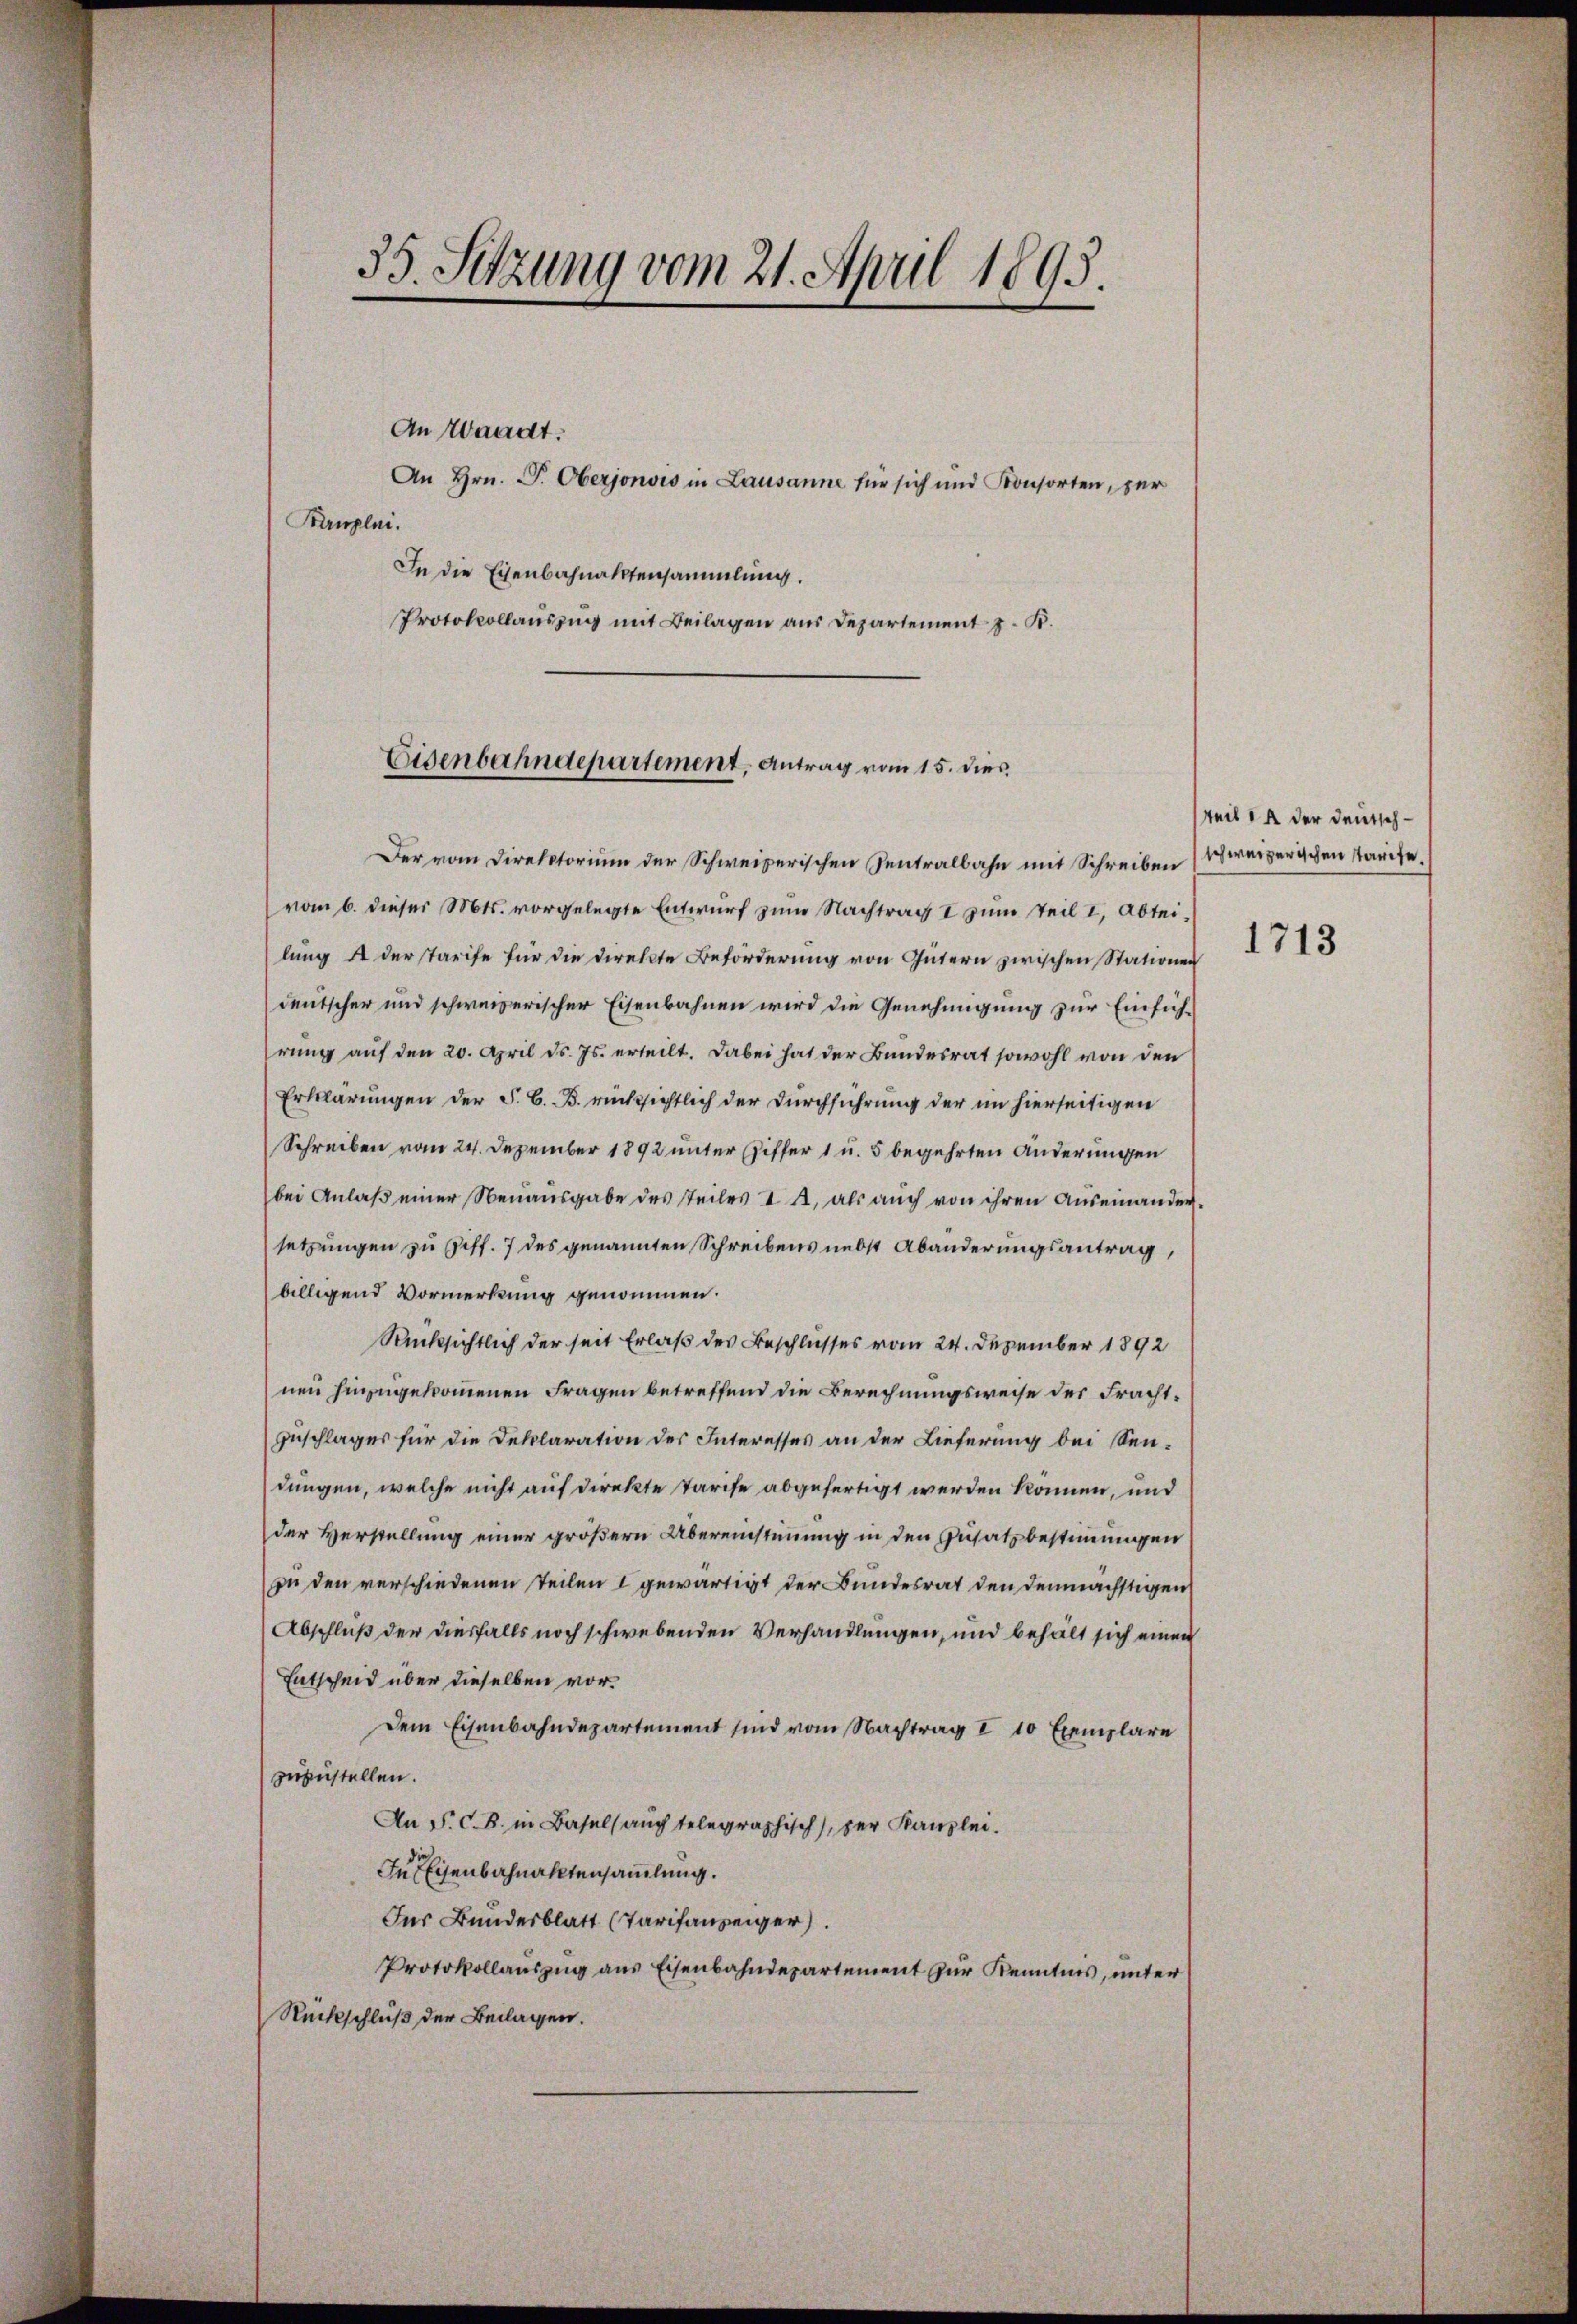
35. Sitzung vom 21. April 1895.

Kanzlei.

An Waadt.
An Hrn. P. Oberjonsis in Lausanne für sich und Konsorten, zer
In die Eisenbahnaktensammlung.
Protokollauszug mit Beilagen aus Departement z. K.

Eisenbahndepartement, Antrag vom 15. dies

Der vom Direktorium der Schweizerischen Sentralbahn mit Schreiben
(vom 6. dieser Mts. vorgelegte Entwurf zum Nachtrag I zum Teil I, Abteilung 4 der Tarife für die Direkte Beförderung von Gütern zwischen Stationen
deutscher und schweizerischer Eisenbahnen wird die Genehmigung zur Einführung auf den 20. April d. Js. erteilt. Dabei hat der Bundesrat sowohl von den
Erklärungen der S. G. B. rücksichtlich der Durchführung der im hierseitigen
Schreiben vom 24. Dezember 1892 unter Ziffer 1 u. 5 begehrten Änderungen
bei Anlaß einer Neuausgabe des steiles I 2, als auch von ihren Auseinandersetzungen zu Ziff. 7 des genannten Schreibens nebst Abänderungsantrag,
billigend Vormerkung genommen.
Rücksichtlich der seit Erlaß des Beschlusses vom 24. Dezember 1892
nen hinzugekommenen Fragen betreffend die Berechnungsweise des Fracht¬
Zuschlages für die Deklaration des Interesses an der Lieferung bei Sendungen, welche nicht auf direkte Tarife abgefertigt werden können, und
der Verstellung einer größern Übereinstimmung in den Zusatz bestimmungen
In den verschiedenen Teilen I gewärtigt der Bundesrat den demnächstigen
Abschluß der diesfalls noch schwebenden Verhandlungen, und behält sich einen
Entscheid über dieselben vordem Eisenbahndepartement sind vom Nachtrag I 10 Exemplare
zuzustellen.
An P. C. B. in Basels auch telegraphisch), der Kanzlei.
In Eisenbahnaktensammlung.
Ins Bundesblatt (Tarifanzeiger.
Protokollauszug aus Eisenbahndepartement zur Kenntnis, unter
Rückschluß der Beilagen.

teil in der Deutschschweizerischen starife.

1713